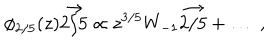
\phi _ { 2 / 5 } ( z ) \vec { 2 / 5 } \propto z ^ { 3 / 5 } W _ { - 1 } \vec { 2 / 5 } + \ldots \; ,